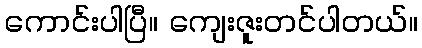
ကောင်းပါပြီ။ ကျေးဇူးတင်ပါတယ်။